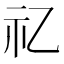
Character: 𥘆